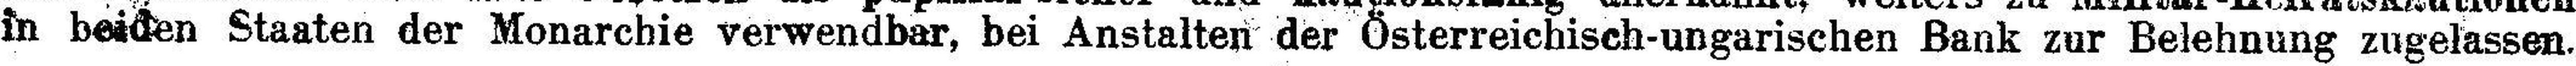
in beiden Staaten der Monarchie verwendbar, bei Anstalten der Österreichisch-ungarischen Bank zur Belehnung zugelassen.